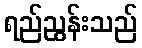
ရည်ညွန်းသည်